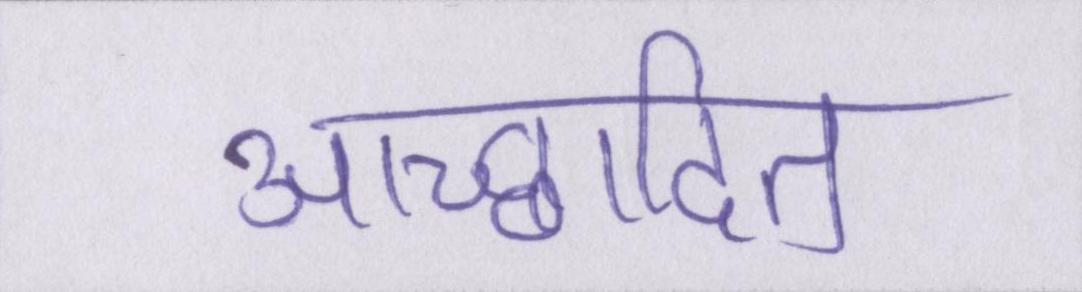
आच्छादित